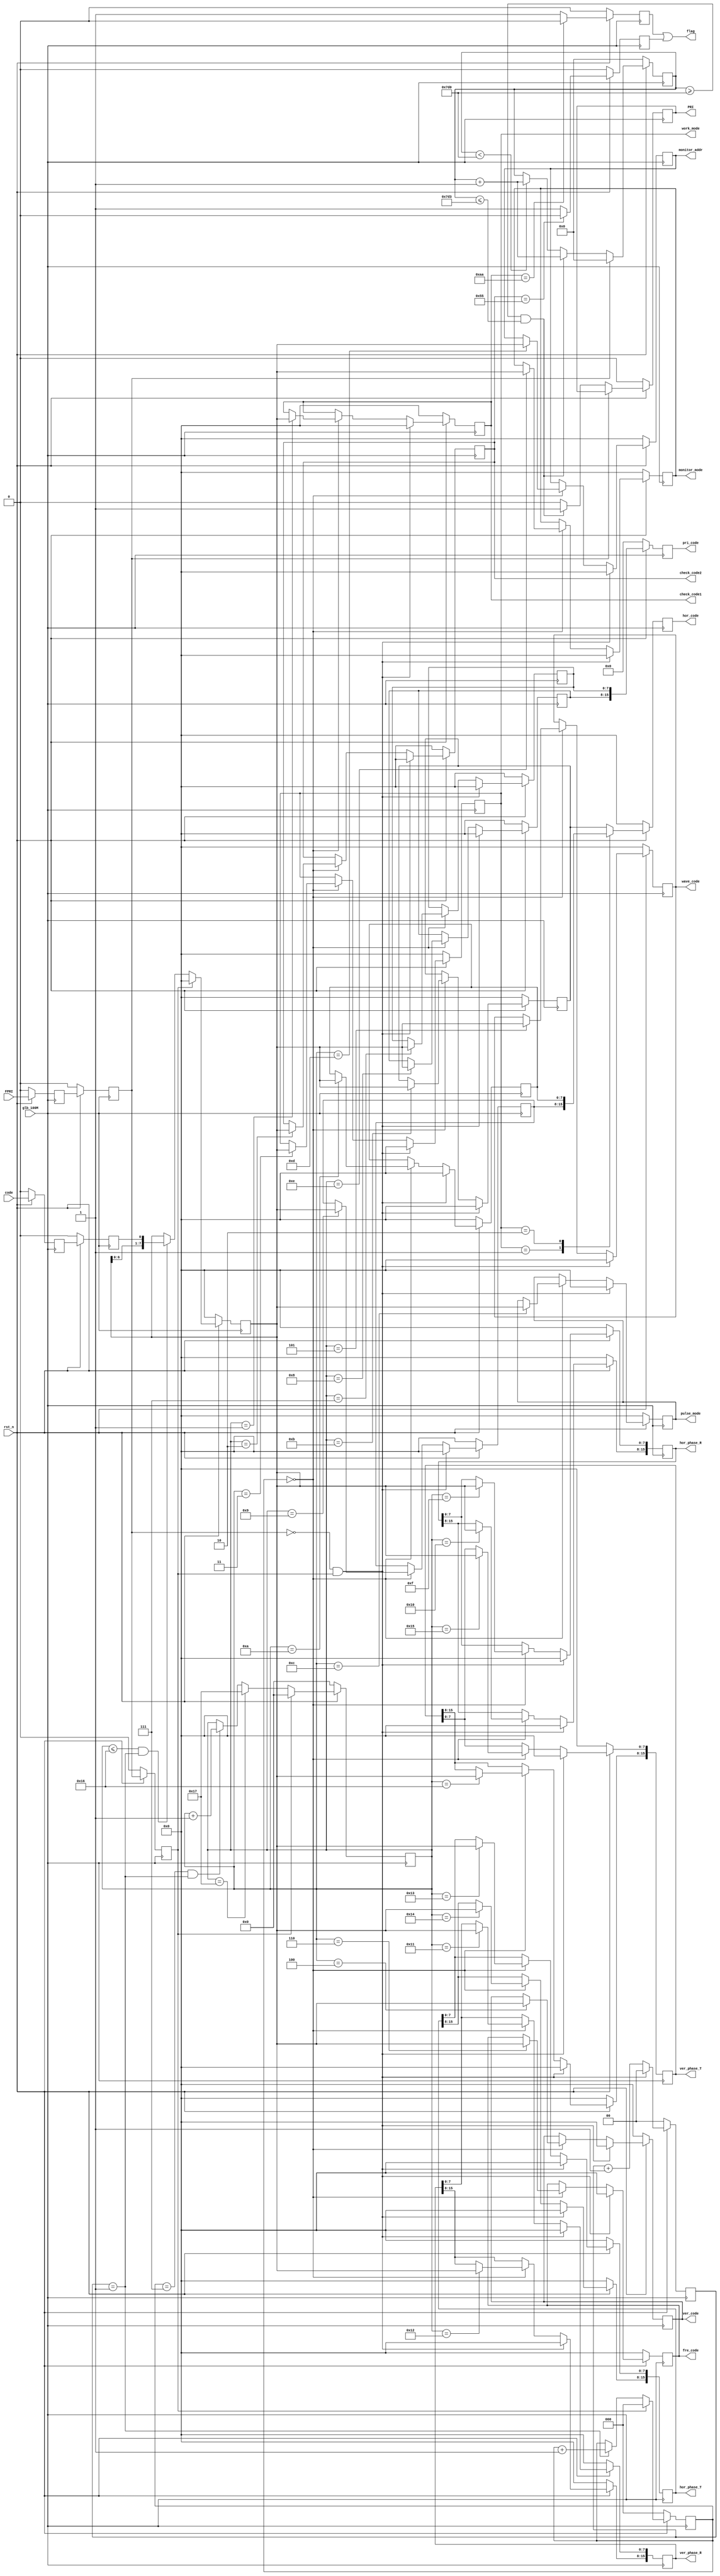
`timescale 1ns / 1ps
//////////////////////////////////////////////////////////////////////////////////
// Company: 
// Engineer: 
// 
// Design Name: 
// Module Name:    decode 
// Project Name: 
// Target Devices: 
// Tool versions: 
// Description: 
//PRI
// Dependencies: 
//
// Revision: 
// Revision 0.01 - File Created
// Additional Comments: 
// 
//////////////////////////////////////////////////////////////////////////////////
module decode(

input							glb_100M				,					//
input							rst_n					,
input							FPRI					,
input							code					,
output	reg				PRI					,  				//
output	reg	[ 7:0]	check_code1			,					//1   AA
output	reg	[ 7:0]	check_code2			,					//1   55
output	reg	[ 7:0]	work_mode			,					//
output	reg	[ 7:0]	ver_code				,					//
//reg				[ 7:0]	hor_code				,					//
output	reg	[ 7:0]	wave_code			,					//
output	reg	[ 7:0]	fre_code				,					//
output	reg	[15:0]	pri_code				,					//
output	reg	[ 7:0]	hor_code				,					//
output	reg	[ 7:0]	pulse_mode			,					//
output	reg	[ 7:0]	monitor_addr		,					//
output	reg	[ 7:0]	monitor_mode		,					//
output	reg	[15:0]	hor_phase_R			,					//
output	reg	[15:0]	ver_phase_R			,					//
output	reg	[15:0]	hor_phase_T			,					//
output	reg	[15:0]	ver_phase_T			,					//
output						flag					
//output			[149:0]	TRIG1						
 );
 
reg				[ 7:0]	hor1_code			;					//1
reg				[ 7:0]	hor2_code			;					//2
reg				[ 7:0]	hor3_code			;					//3
reg				[ 7:0]	pri_code1			;					//8bits
reg				[ 7:0]	pri_code2			;					//8bits
//---------------------------------------------
reg							FPRI_reg				;					//FPRI100MHz
reg							FPRI_reg1			;					//
reg							FPRI_reg2			;					//
reg							code_reg				;
reg							code_reg1			;
reg							code_reg2			;
reg				[ 1:0]	segment				;					//03100MHz,
reg				[ 4:0]	num_code				;					//8bits21bits
reg				[ 2:0]	cnt_8bit				;					//8bits
reg				[ 7:0]	data_temp			;					//8bits
reg				[ 7:0]	temp_end				;					//
//-----------------------PRI---------------------
reg				[10:0]	cnt_pri				;
//--------------------------------------------------
reg							flag1					;
reg							flag2					;
//---------------------------------------------------------
assign						flag=flag1 | flag2;					//flag0
assign						FPRI_n	=	(FPRI_reg1==1'b0)&&(FPRI_reg2==1'b1);

//------------------FPRI_reg-------------------------
always @ ( posedge glb_100M )
begin
	if(!rst_n)
		begin
			FPRI_reg			<=			1'b0			;
			FPRI_reg1		<=			1'b0			;
			FPRI_reg2		<=			1'b0			;
			code_reg			<=			1'b0			;
			code_reg1		<=			1'b0			;
			code_reg2		<=			1'b0			;
		end
	else	
		begin
			FPRI_reg			<=			FPRI			;
			FPRI_reg1		<=			FPRI_reg		;
			FPRI_reg2		<=			FPRI_reg1	;
			code_reg			<=			code			;
			code_reg1		<=			code_reg		;
			code_reg2		<=			code_reg1	;
		end
end
//------------FPRIsegment100MHz----------------
always @ ( posedge glb_100M )
begin
	if(!rst_n)
			segment			<=			2'b00			;
	else	if(FPRI_n)								//FPRI
			segment			<=			2'b00			;
	else
			segment			<=			segment+1	;
end
//---------------078bits-------------------
always @ ( posedge glb_100M )
begin
	if(!rst_n)
			cnt_8bit			<=			3'b000		;
	else	if(FPRI_reg2==1'b1)
			cnt_8bit			<=			3'b000		;
	else	if(segment==2'b01)
			cnt_8bit			<=			cnt_8bit+1	;
	else
			cnt_8bit			<=			cnt_8bit		;
end
//-------------218bits21-------------------
always @ ( posedge glb_100M )
begin
	if(!rst_n)
			num_code			<=			5'd0			;
	else	if(FPRI_reg2==1'b1)										
			num_code			<=			5'd0			;
	else	if(num_code==5'd23)
			num_code			<=			5'd23			;
	else	if((cnt_8bit==3'b111)&&(segment==2'b01))
			num_code			<=			num_code+1	;
	else
			num_code			<=			num_code		;
end
//---------------------------------------------
always @ ( posedge glb_100M )
begin
	if(!rst_n)
			data_temp		<=			8'd0			;
	else	if(FPRI_reg2==1'b1)
			data_temp		<=			8'd0			;
	else	if((num_code<=22)&&(segment==2'b01))
			data_temp		<=			{data_temp[6:0],code_reg1};
	else
			data_temp		<=			data_temp	;			
end
//-----------------------------------
always @ ( posedge glb_100M )
begin
	if(!rst_n)
		begin	
			check_code1			<=			8'd0			;	
			check_code2			<=			8'd0			;		
			work_mode			<=			8'd0			;	
			ver_code				<=			8'd0			;	
			wave_code			<=			8'd0			;	
			fre_code				<=			8'd0			;	
			pri_code1			<=			8'd0			;	
			pri_code2			<=			8'd0			;	
			hor1_code			<=			8'd0			;	
			hor2_code			<=			8'd0			;	
			hor3_code			<=			8'd0			;	
			pulse_mode			<=			8'd0			;	
			monitor_addr		<=			8'd0			;	
			monitor_mode		<=			8'd0			;	
			hor_phase_R			<=			8'd0			;	
			ver_phase_R			<=			8'd0			;	
			hor_phase_T			<=			8'd0			;	
			ver_phase_T			<=			8'd0			;	
		end
	else	if(FPRI_n)
		begin
			check_code1			<=			8'd0			;	
			check_code2			<=			8'd0			;		
			work_mode			<=			8'd0			;	
			ver_code				<=			8'd0			;	
			wave_code			<=			8'd0			;	
			fre_code				<=			8'd0			;	
			pri_code1			<=			8'd0			;	
			pri_code2			<=			8'd0			;	
			hor1_code			<=			8'd0			;	
			hor2_code			<=			8'd0			;	
			hor3_code			<=			8'd0			;	
			pulse_mode			<=			8'd0			;	
			monitor_addr		<=			8'd0			;	
			monitor_mode		<=			8'd0			;	
			hor_phase_R			<=			8'd0			;	
			ver_phase_R			<=			8'd0			;	
			hor_phase_T			<=			8'd0			;	
			ver_phase_T			<=			8'd0			;	
		end
	else	if(cnt_8bit==3'b000)
		case(num_code)
		1:
			check_code1			<=			data_temp	;
		2:
			check_code2			<=			data_temp	;
		3:
			work_mode			<=			data_temp	;
		4:
			ver_code				<=			data_temp	;
		5:
			wave_code			<=			data_temp	;
		6:
			fre_code				<=			data_temp	;
		7:
			pri_code1			<=			data_temp	;
		8:
			pri_code2			<=			data_temp	;
		9:
			hor1_code			<=			data_temp	;
		10:
			hor2_code			<=			data_temp	;
		11:
			hor3_code			<=			data_temp	;
		12:
			pulse_mode			<=			data_temp	;
		13:
			monitor_addr		<=			data_temp	;
		14:
			monitor_mode		<=			data_temp	;
		15:
			hor_phase_R[7:0]	<=			data_temp	;
		16:
			hor_phase_R[15:8]	<=			data_temp	;
		17:
			ver_phase_R[7:0]	<=			data_temp	;
		18:
			ver_phase_R[15:8]	<=			data_temp	;
		19:
			hor_phase_T[7:0]	<=			data_temp	;
		20:
			hor_phase_T[15:8]	<=			data_temp	;
		21:
			ver_phase_T[7:0]	<=			data_temp	;
		22:
			ver_phase_T[15:8]	<=			data_temp	;
		default:
			temp_end				<=			data_temp	;
		endcase
end
//-----------------------------------------
always @ ( posedge glb_100M )
begin
	if(!rst_n)
			flag1					<=			1'b0			;
	else	if(check_code1==8'haa)										//aa
			flag1					<=			1'b0			;
	else
			flag1					<=			1'b1			;
end

always @ ( posedge glb_100M )
begin
	if(!rst_n)
			flag2					<=			1'b0			;
	else	if(check_code2==8'h55)										//55
			flag2					<=			1'b0			;
	else
			flag2					<=			1'b1			;
end

//-------------FPRI20usPRI--------------
//-------------cpi_stcpi_end-------------------
always @ ( posedge glb_100M )
begin
	if(!rst_n)
		begin
			cnt_pri				<=			11'd0			;
			PRI					<=			1'b0			;
		end
	else	if(FPRI_reg1==1'b1)
		begin
			cnt_pri				<=			11'd0			;
		end
	else	if((cnt_pri>=11'd2000)&&(cnt_pri<=11'd2003))		//PRI40ns
		begin
			cnt_pri				<=			cnt_pri+1	;
			PRI					<=			1'b1			;
		end
	else	if(cnt_pri<2000)
		begin
			cnt_pri				<=			cnt_pri+1	;
			PRI					<=			1'b0			;
		end
	else
		begin
			cnt_pri				<=			cnt_pri		;
			PRI					<=			1'b0			;
		end
end

//----------------------------------------
always @ ( posedge glb_100M )
begin
	if(!rst_n)
			hor_code				<=			8'h00			;
	else	
		case(work_mode)
		8'h01:
			hor_code				<=			hor1_code	;
		8'h02:
			hor_code				<=			hor2_code	;
		8'h03:
			hor_code				<=			hor3_code	;
		default:
			hor_code				<=			hor3_code	;
		endcase
end
//---------------------16bits----------------------
always @ ( posedge glb_100M )
begin
	if(!rst_n)
			pri_code				<=			16'b0			;
	else
			pri_code				<=			{pri_code2,pri_code1};
end

//assign	TRIG1[2:0]		=	{PRI,FPRI,code};
//assign	TRIG1[13:3]		=	cnt_pri;
//assign	TRIG1[21:14]	=	check_code1;
//assign	TRIG1[29:22]	=	check_code2;
//assign	TRIG1[45:30]	=	pri_code;
//assign	TRIG1[53:46]	=	work_mode;
//assign	TRIG1[61:54]	=	wave_code;
//assign	TRIG1[63:62]	=	segment;
//assign	TRIG1[64]		=	FPRI_n;
//assign	TRIG1[65]		=	FPRI_reg2;
////assign	TRIG1[66]		=	code_reg2;
//assign	TRIG1[71:67]	=	num_code;
//assign	TRIG1[74:72]	=	cnt_8bit;
//assign	TRIG1[82:75]	=	data_temp;

endmodule